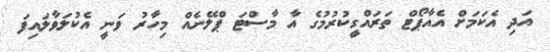
އަދި އެކަމަށް އެއާޕޯޓް ތަރައްގީކުރުމުގެ އާ މާސްޓަ ޕްލޭނެއް މިހާރު ވަނީ އެކުލަވާލައިފަ